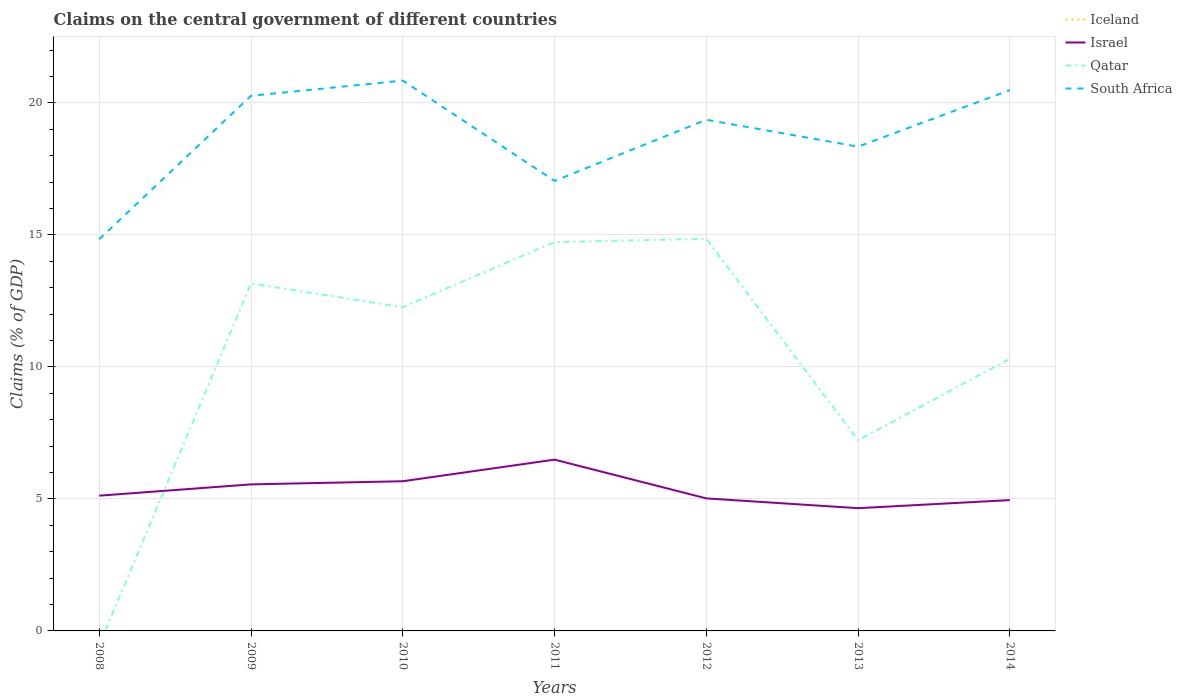
| Years | Iceland | Israel | Qatar | South Africa |
 | --- | --- | --- | --- | --- |
 | 2008 | -8.41 | 5.12 | -0.539 | 14.8 |
 | 2009 | -2.86 | 5.55 | 13.2 | 20.3 |
 | 2010 | -2.51 | 5.67 | 12.3 | 20.8 |
 | 2011 | -8 | 6.49 | 14.7 | 17 |
 | 2012 | -6.05 | 5.02 | 14.9 | 19.4 |
 | 2013 | -1.88 | 4.65 | 7.22 | 18.3 |
 | 2014 | -12.5 | 4.96 | 10.3 | 20.5 |